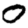
Digit: 0